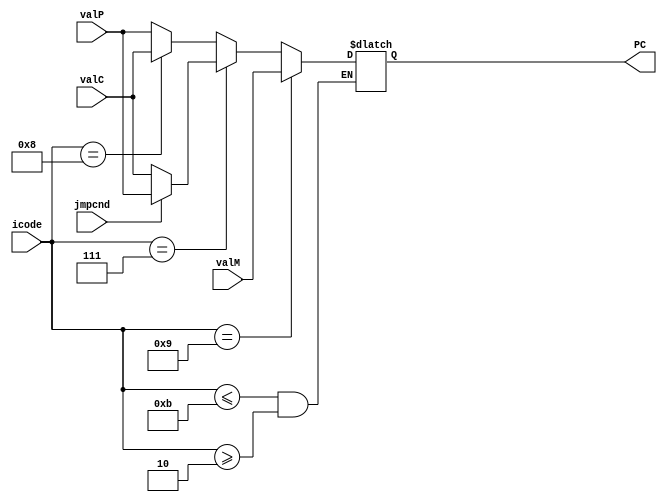
module PCUpd (
    icode, jmpcnd, valC, valM, valP, PC
);

input [3:0] icode;
input jmpcnd;
input [63:0] valC;
input [63:0] valM;
input [63:0] valP;
output reg [63:0] PC;

always @(*) 
begin
    if (icode <= 4'd11 && icode >= 4'd2) 
    begin
        if (icode == 4'd9) begin
            PC = valM; 
            end
        else if (icode == 4'd7) begin
            if(jmpcnd)
                PC = valP;
            else 
                PC = valC;
        end
        else if (icode == 4'd8) begin
            PC = valC;
        end
        else 
            PC = valP;

    end
end

endmodule